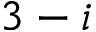
3 - i